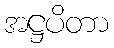
အဋ္ဌပိတာ